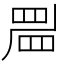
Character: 𥆞